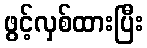
ဖွင့်လှစ်ထားပြီး